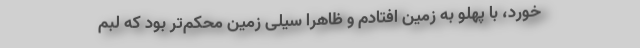
خورد، با پهلو به زمین افتادم و ظاهراً سیلی زمین محکم‌تر بود که لبم